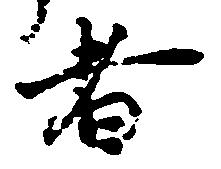
者